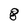
Character: 8